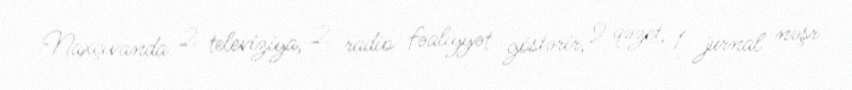
Naxçıvanda 2 televiziya, 2 radio fəaliyyət göstərir, 9 qəzet, 1 jurnal nəşr